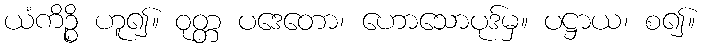
ယံကိဉ္စိ ဟူ၍။ ဝုတ္တ ပဒေတော၊ ဟောသောပုဒ်မှ။ ပဋ္ဌာယ၊ စ၍။